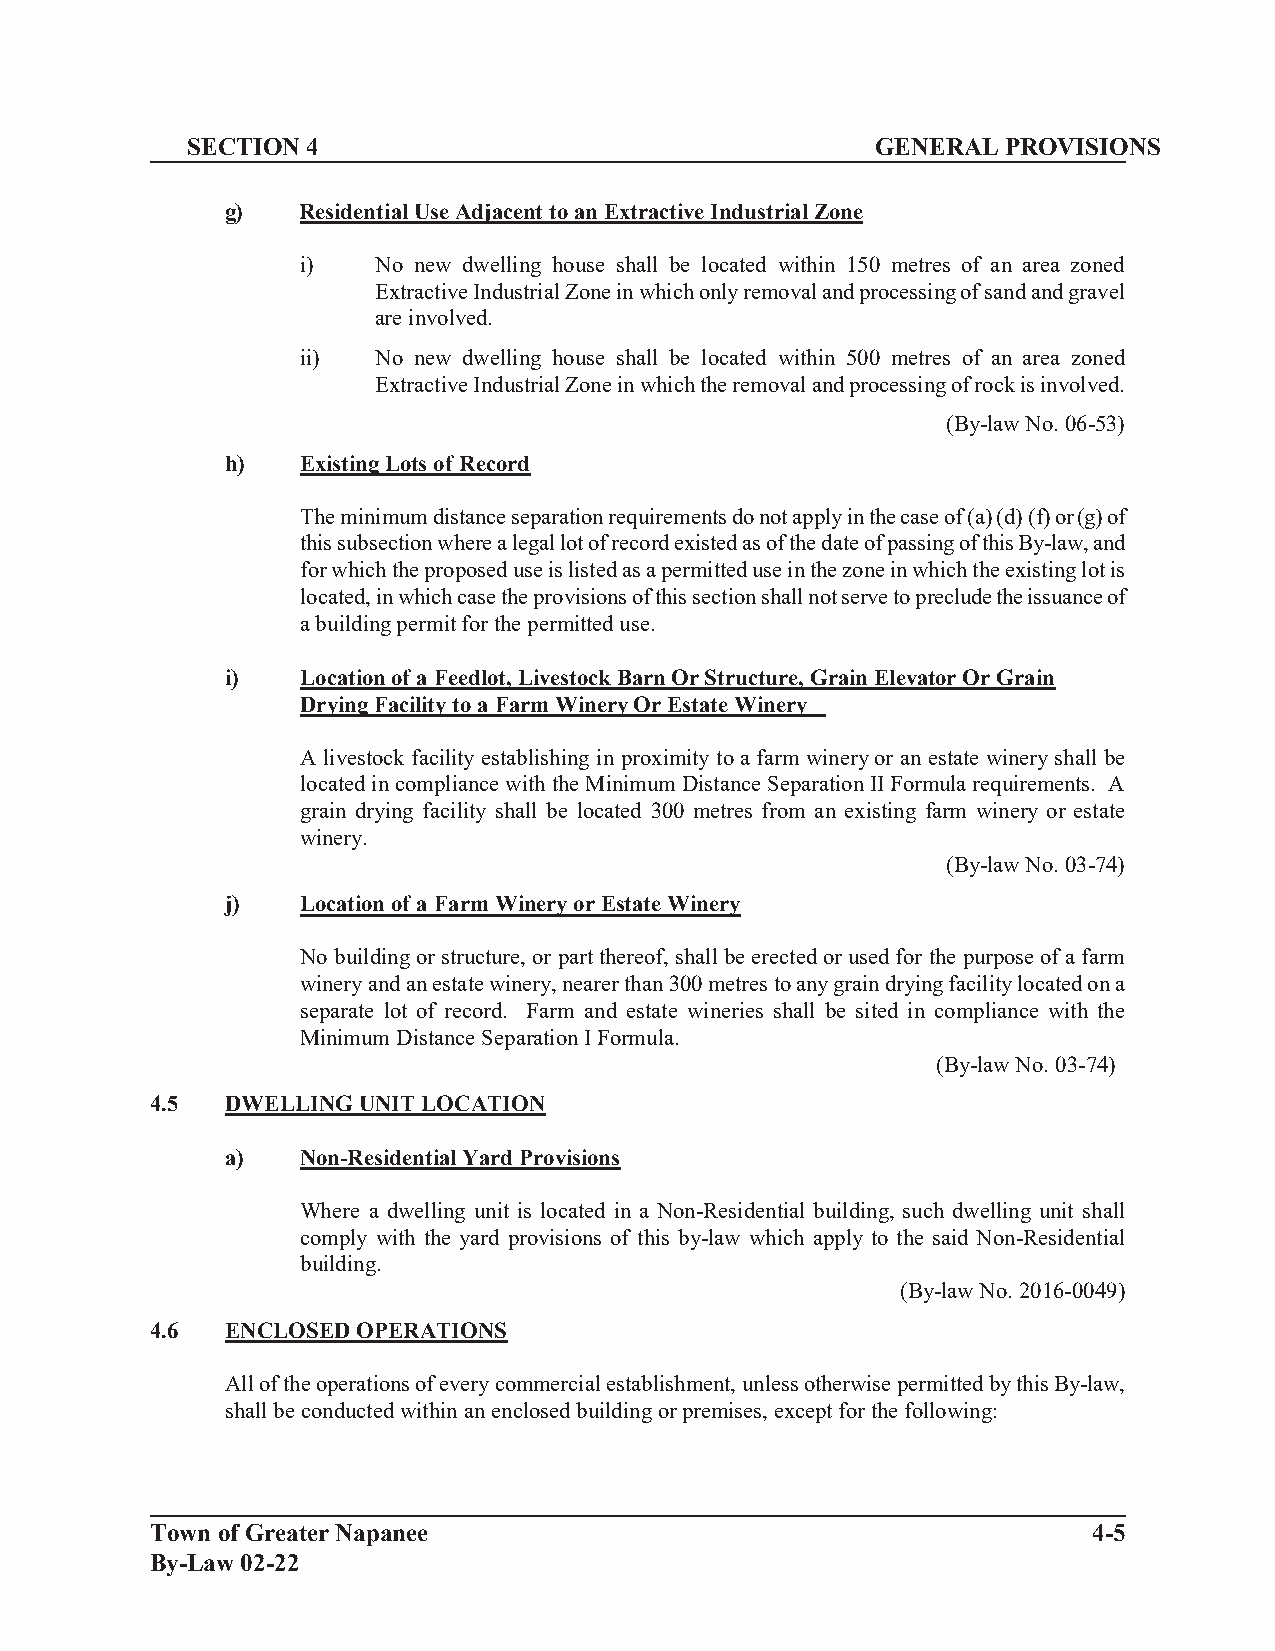
SECTION 4                                     GENERAL  PROVISIONS
 g)   Residential Use Adjacent to an Extractive Industrial Zone
 i)   No new dwelling house shall be located within 150 metres of an area zoned
 Extractive Industrial Zone in which only removal and processing of sand and gravel
 are involved.
 ii)  No new dwelling house shall be located within 500 metres of an area zoned
 Extractive Industrial Zone in which the removal and processing of rock is involved.
 (By-law No. 06-53)
 h)   Existing Lots of Record
 The minimum distance separation requirements do not apply in the case of (a) (d) (f) or (g) of
 this subsection where a legal lot of record existed as of the date of passing of this By-law, and
 for which the proposed use is listed as a permitted use in the zone in which the existing lot is
 located, in which case the provisions of this section shall not serve to preclude the issuance of
 a building permit for the permitted use.
 i)   Location of a Feedlot, Livestock Barn Or Structure, Grain Elevator Or Grain
 Drying Facility to a Farm Winery Or Estate Winery
 A livestock facility establishing in proximity to a farm winery or an estate winery shall be
 located in compliance with the Minimum Distance Separation II Formula requirements. A
 grain drying facility shall be located 300 metres from an existing farm winery or estate
 winery.
 (By-law No. 03-74)
 j)   Location of a Farm Winery or Estate Winery
 No building or structure, or part thereof, shall be erected or used for the purpose of a farm
 winery and an estate winery, nearer than 300 metres to any grain drying facility located on a
 separate lot of record. Farm and estate wineries shall be sited in compliance with the
 Minimum Distance Separation I Formula.
 (By-law No. 03-74)
 4.5  DWELLING UNIT LOCATION
 a)   Non-Residential Yard Provisions
 Where a dwelling unit is located in a Non-Residential building, such dwelling unit shall
 comply with the yard provisions of this by-law which apply to the said Non-Residential
 building.
 (By-law No. 2016-0049)
 4.6  ENCLOSED OPERATIONS
 All of the operations of every commercial establishment, unless otherwise permitted by this By-law,
 shall be conducted within an enclosed building or premises, except for the following:
 Town of Greater Napanee                                       4-5
 By-Law 02-22